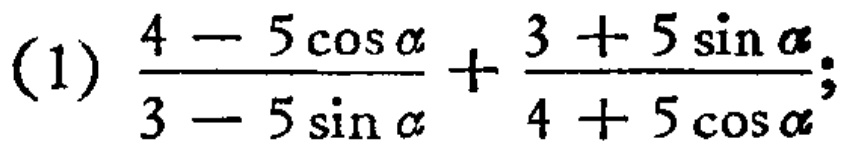
\((1)\frac{4 - 5\cos\alpha}{3 - 5\sin\alpha}+\frac{3 + 5\sin\alpha}{4 + 5\cos\alpha};\)